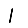
Digit: 1